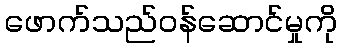
ဖောက်သည်ဝန်ဆောင်မှုကို